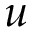
u